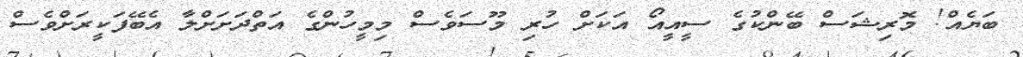
ބަޔެއް! މޮރިޝަސް ބޭންކުގެ ސީއީއޯ އަކަށް ހުރި މޫސަވެސް މިމީހުންގެ އަތްދަށަށްލާ އެބޭފަކީރަށްވެސް